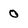
Character: 0